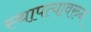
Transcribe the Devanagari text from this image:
स्थापत्यावरुन